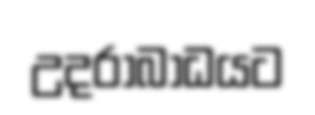
උදරාබාධයට